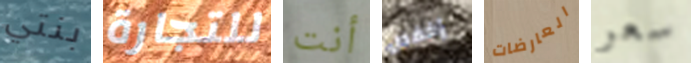
بنتي للتجارة أنت إخفض العارضات سعر